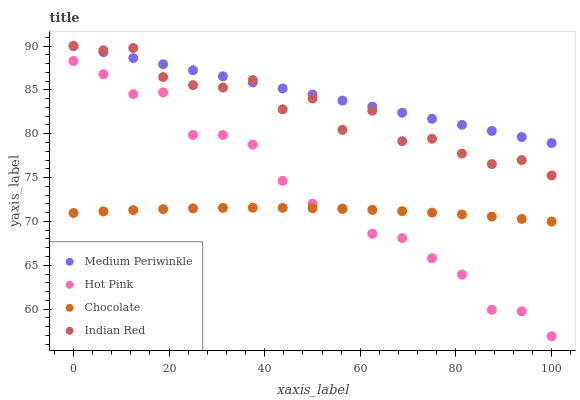
| xaxis_label | Medium Periwinkle | Hot Pink | Chocolate | Indian Red |
 | --- | --- | --- | --- | --- |
 | 0 | 90 | 88.3 | 71 | 90 |
 | 6.25 | 89.3 | 86.8 | 71.1 | 89.5 |
 | 12.5 | 88.6 | 84.5 | 71.3 | 89.8 |
 | 18.8 | 87.9 | 84.7 | 71.4 | 86.5 |
 | 25 | 87.2 | 79.9 | 71.5 | 85.5 |
 | 31.2 | 86.5 | 79.9 | 71.5 | 85.3 |
 | 37.5 | 85.9 | 78.8 | 71.6 | 86.1 |
 | 43.8 | 85.2 | 74.6 | 71.5 | 82.8 |
 | 50 | 84.5 | 72 | 71.5 | 84 |
 | 56.2 | 83.8 | 71.5 | 71.4 | 80.4 |
 | 62.5 | 83.1 | 68.6 | 71.3 | 82.6 |
 | 68.8 | 82.4 | 68.1 | 71.2 | 79.1 |
 | 75 | 81.7 | 65.8 | 71 | 79.4 |
 | 81.2 | 81 | 63.9 | 70.8 | 77.7 |
 | 87.5 | 80.3 | 59.9 | 70.6 | 76.5 |
 | 93.8 | 79.6 | 59.7 | 70.3 | 77 |
 | 100 | 78.9 | 56.9 | 70 | 75.2 |